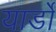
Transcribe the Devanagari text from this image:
यार्डों